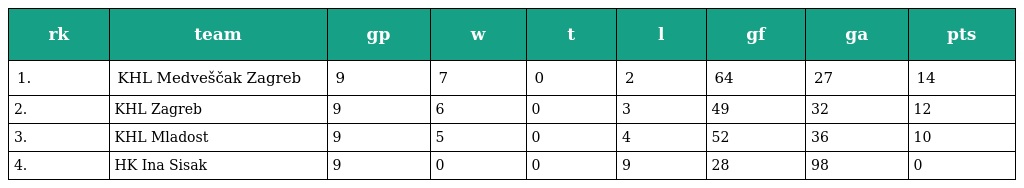
| rk | team | gp | w | t | l | gf | ga | pts |
 | --- | --- | --- | --- | --- | --- | --- | --- | --- |
 | 1. | KHL Medveščak Zagreb | 9 | 7 | 0 | 2 | 64 | 27 | 14 |
 | 2. | KHL Zagreb | 9 | 6 | 0 | 3 | 49 | 32 | 12 |
 | 3. | KHL Mladost | 9 | 5 | 0 | 4 | 52 | 36 | 10 |
 | 4. | HK Ina Sisak | 9 | 0 | 0 | 9 | 28 | 98 | 0 |